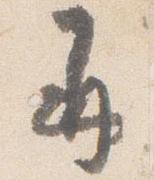
并